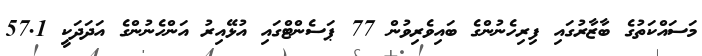
މަސައްކަތުގެ ބާޒާރުގައި ފިރިހެނުންގެ ބައިވެރިވުން 77 ޕަސެންޓްގައި އުޅޭއިރު އަންހެނުންގެ އަދަދަކީ 57.1